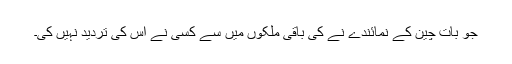
جو بات چین کے نمائندے نے کی باقی ملکوں میں سے کسی نے اس کی تردید نہیں کی۔